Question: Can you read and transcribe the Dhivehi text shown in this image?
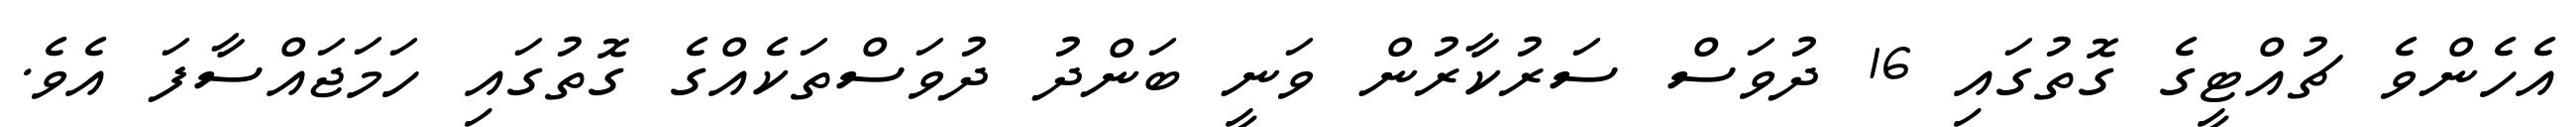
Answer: އެހެންވެ ޗުއްޓީގެ ގޮތުގައި 16 ދުވަސް ސަރުކާރުން ވަނީ ބަންދު ދުވަސްތަކެއްގެ ގޮތުގައި ހަމަޖައްސާފަ އެވެ.